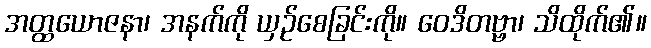
အတ္ထယောဇနာ၊ အနက်ကို ယှဉ်စေခြင်းကို။ ဝေဒိတဗ္ဗာ၊ သိထိုက်၏။